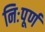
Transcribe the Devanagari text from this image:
निःपूर्ण